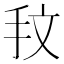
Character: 𢪖